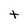
Character: t